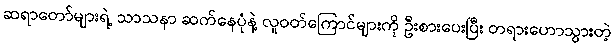
ဆရာတော်များရဲ့ သာသနာ ဆက်နေပုံနဲ့ လူဝတ်ကြောင်များကို ဦးစားပေးပြီး တရားဟောသွားတဲ့